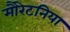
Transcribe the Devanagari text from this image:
मौरेटनिया